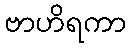
ဗာဟိရကာ